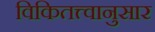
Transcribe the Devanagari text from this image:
विकितत्त्वानुसार